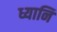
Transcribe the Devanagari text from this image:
ध्यानि